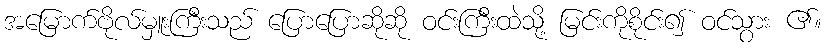
အမြောက်ဗိုလ်မှူးကြီးသည် ပြောပြောဆိုဆို ဝင်းကြီးထဲသို့ မြင်းကိုစိုင်း၍ ဝင်သွား ၏။